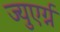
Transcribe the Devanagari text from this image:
ज्युएर्ग्न